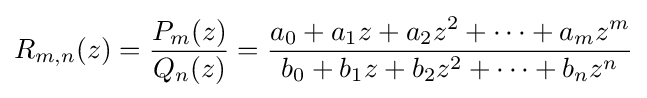
R_{m,n}(z)={\frac {P_{m}(z)}{Q_{n}(z)}}={\frac {a_{0}+a_{1}z+a_{2}z^{2}+\cdots +a_{m}z^{m}}{b_{0}+b_{1}z+b_{2}z^{2}+\cdots +b_{n}z^{n}}}